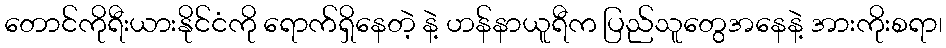
တောင်ကိုရီးယားနိုင်ငံကို ရောက်ရှိနေတဲ့ နဲ့ ဟန်နာယူရီက ပြည်သူတွေအနေနဲ့ အားကိုးစရာ၊